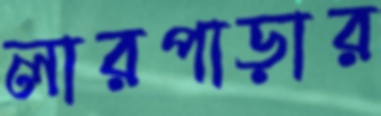
লারপাড়ার